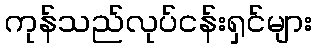
ကုန်သည်လုပ်ငန်းရှင်များ